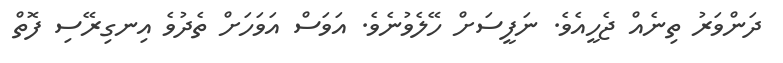
ދަންވަރު ތިނެއް ޖެހީއެވެ. ނަފީސަށް ހޭލެވުނެވެ. އަވަސް އަވަހަށް ތެދުވެ އިނގިރޭސި ފޮތް